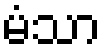
မံသာ